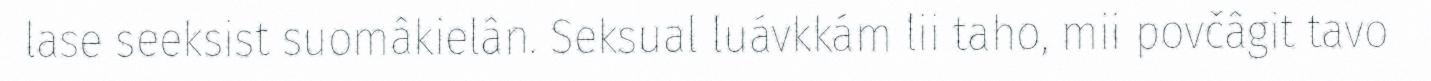
lase seeksist suomâkielân. Seksual luávkkám lii taho, mii povčâgit tavo